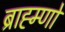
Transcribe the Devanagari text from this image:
ब्राह्म्णों